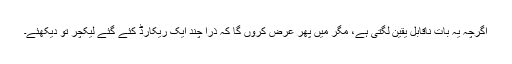
اگرچہ یہ بات ناقابل یقین لگتی ہے، مگر میں پھر عرض کروں گا کہ ذرا چند ایک ریکارڈ کئے گئے لیکچر تو دیکھئے۔